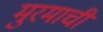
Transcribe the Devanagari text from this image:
मुरमाची